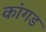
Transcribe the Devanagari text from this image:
कांगड